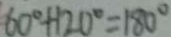
6 0 ^ { \circ } + 1 2 0 ^ { \circ } = 1 8 0 ^ { \circ }